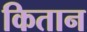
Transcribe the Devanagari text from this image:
कितान